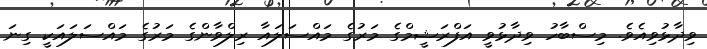
ވިދާޅުވިއެވެ. މިސްބާހު ވިދާޅުވީ އަފްރަޝީމްގެ މަރުގެ މައްސަލައާ ރިލްވާންގެ މަރުގެ މައްސަލައަކީ ގިނަ